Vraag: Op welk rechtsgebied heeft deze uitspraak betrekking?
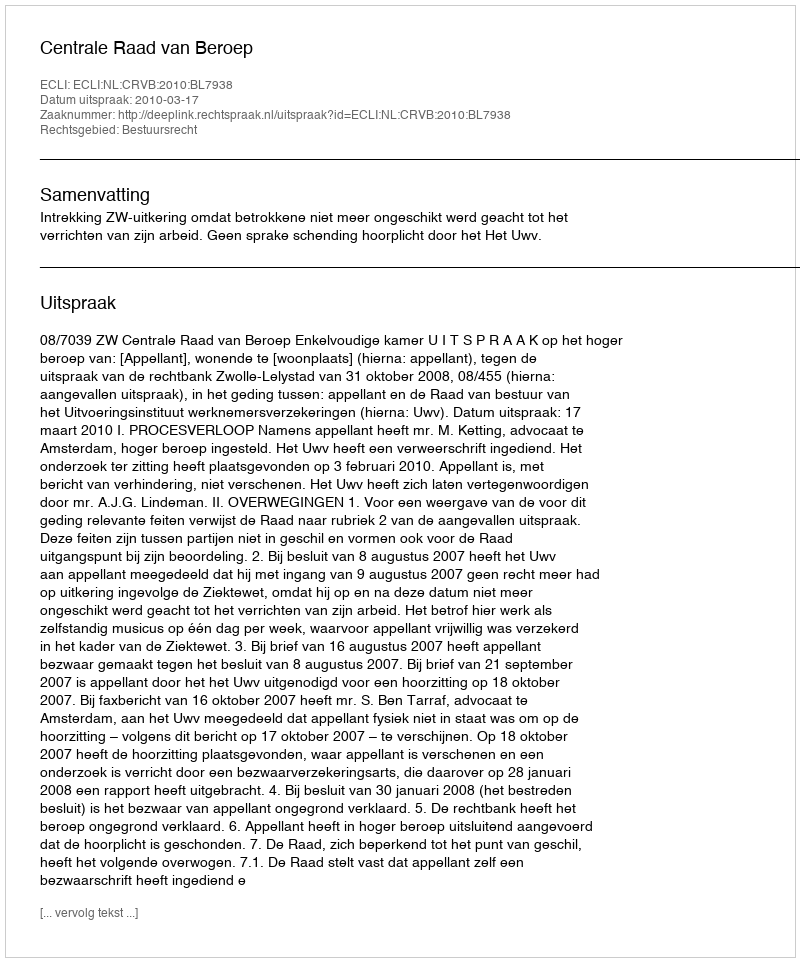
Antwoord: Bestuursrecht